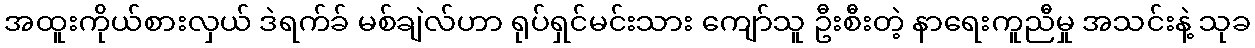
အထူးကိုယ်စားလှယ် ဒဲရက်ခ် မစ်ချဲလ်ဟာ ရုပ်ရှင်မင်းသား ကျော်သူ ဦးစီးတဲ့ နာရေးကူညီမှု အသင်းနဲ့ သုခ